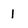
Character: 1